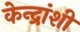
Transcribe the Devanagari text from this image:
केन्द्रांशी